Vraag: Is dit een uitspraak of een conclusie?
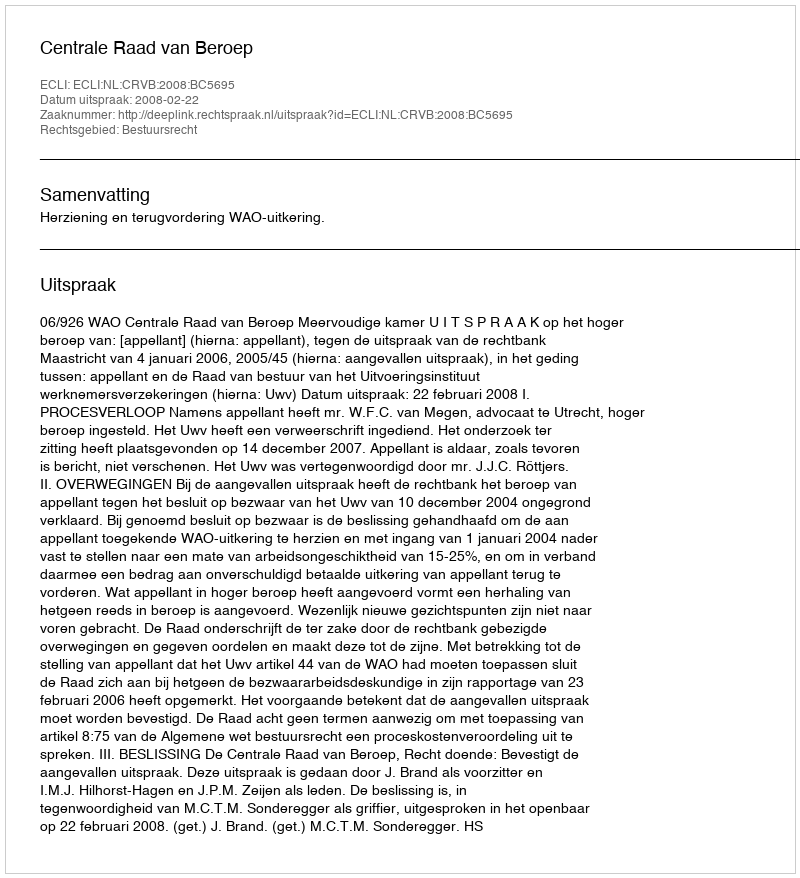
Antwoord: Uitspraak